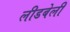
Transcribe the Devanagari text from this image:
लीडबेली